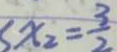
S x _ { 2 } = \frac { 3 } { 2 }